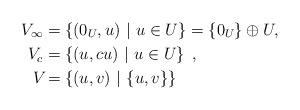
LaTeX: \begin{align*}V_\infty &= \left\{ (0_U,u) \ | \ u \in U \right\} = \{0_U\} \oplus U, \\V_c &= \left\{ (u,cu) \ | \ u \in U \right\} \; , \\V_{} &= \left\{ (u,v) \ | \ \{u,v\} \right\} \ \end{align*}